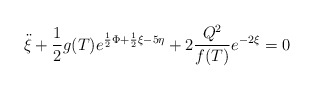
\begin{align*}\ddot{\xi} +\frac{1}{2}g(T)e^{\frac{1}{2}\Phi + \frac{1}{2}\xi-5\eta} +2\frac{Q^{2}}{f(T)}e^{-2\xi}=0\end{align*}